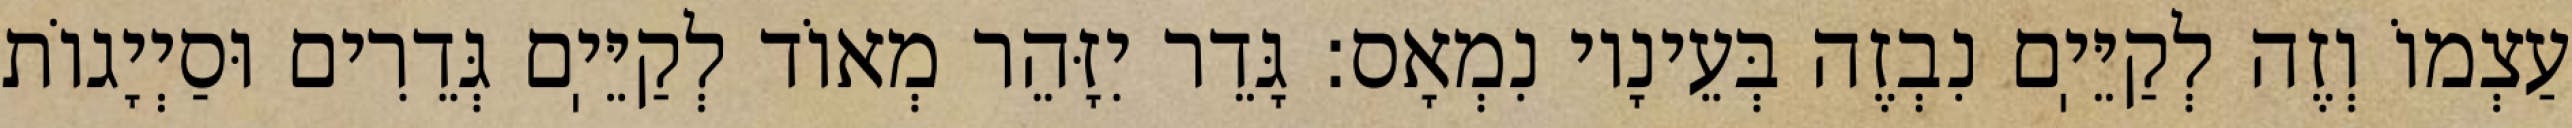
עַצְמוֹ וְזֶה לְקַיֵּיֽם נִבְזֶה בְּעֵינָיו נִמְאָס: גָּדֵר יִזָּהֵר מְאוֹד לְקַיֵּיֽם גְּדֵרִים וּסַיְיָגוֹת